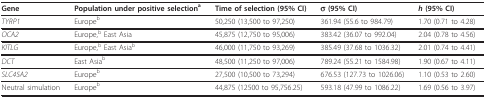
| Gene | Population under positive selectiona | Time of selection (95% CI) | σ (95% CI) | h (95% CI) |
 | --- | --- | --- | --- | --- |
 | TYRP1 | Europeb | 50,250 (13,500 to 97,250) | 361.94 (55.6 to 984.79) | 1.70 (0.71 to 4.28) |
 | OCA2 | Europe,b East Asia | 45,875 (12,750 to 95,006) | 383.42 (36.07 to 992.04) | 2.04 (0.78 to 4.56) |
 | KITLG | Europe,b East Asiab | 46,000 (11,750 to 93,269) | 385.49 (37.68 to 1036.32) | 2.01 (0.74 to 4.41) |
 | DCT | East Asiab | 48,500 (11,250 to 97,006) | 789.24 (55.21 to 1584.98) | 1.90 (0.67 to 4.11) |
 | SLC45A2 | Europeb | 27,500 (10,500 to 73,294) | 676.53 (127.73 to 1026.06) | 1.10 (0.53 to 2.60) |
 | Neutral simulation | Europeb | 44,875 (12500 to 95,756.25) | 593.18 (47.99 to 1086.22) | 1.69 (0.56 to 3.97) |